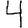
Digit: 4